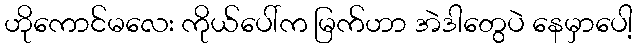
ဟိုကောင်မလေး ကိုယ်ပေါ်က မြက်ဟာ အဲဒါတွေပဲ နေမှာပေါ့